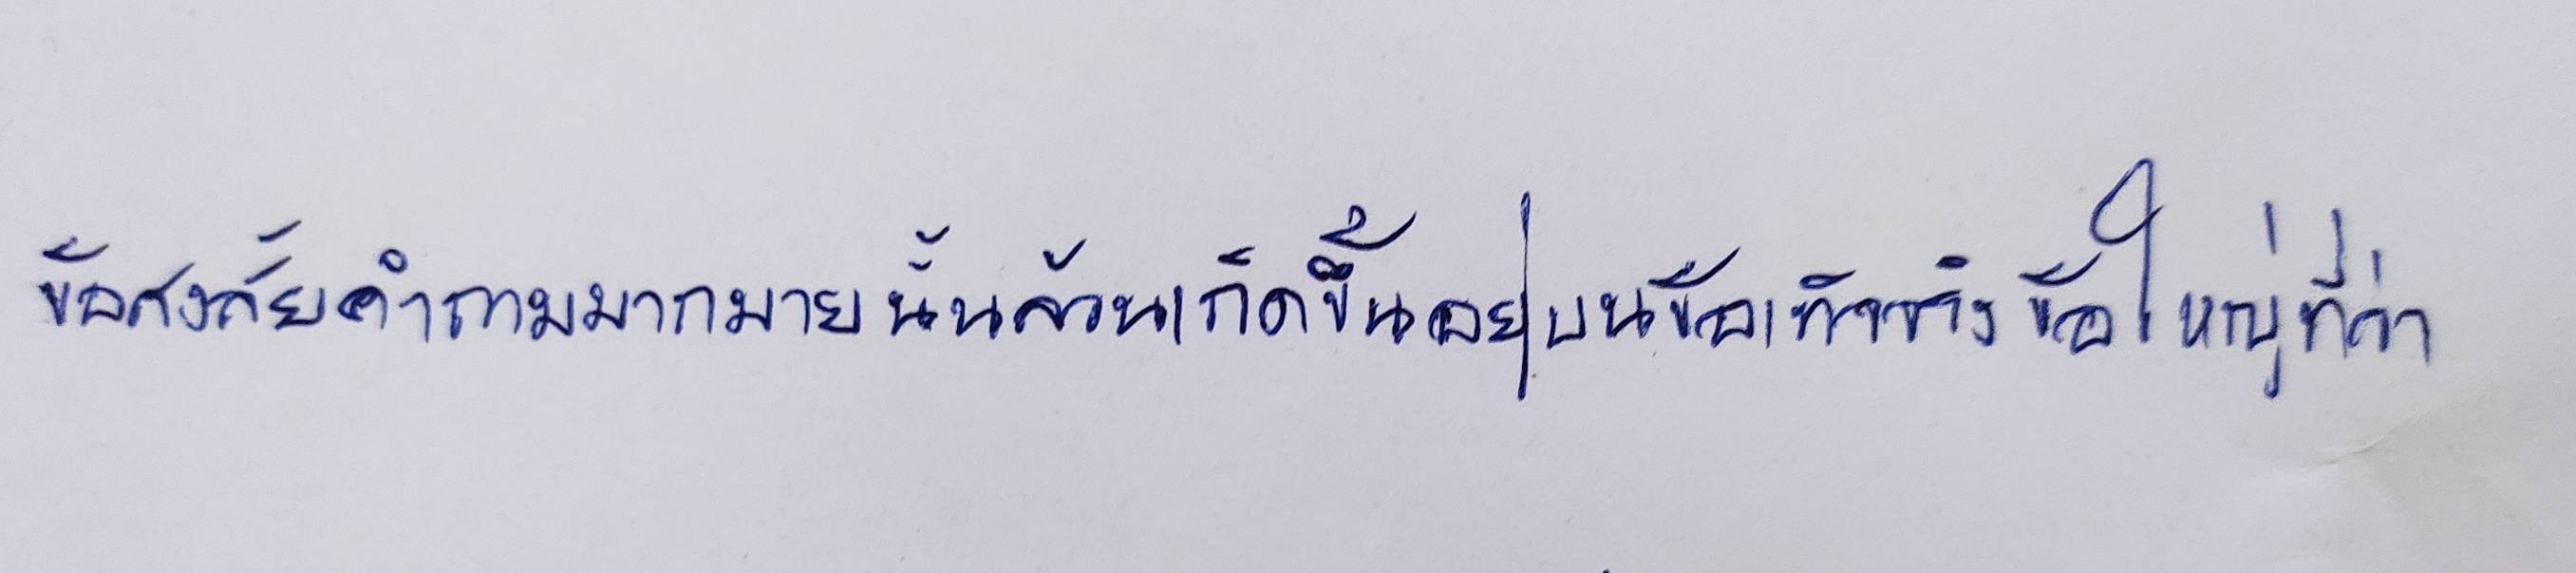
ข้อสงสัยคำถามมากมายนั้นล้วนเกิดขึ้นอยู่บนข้อเท็จจริงข้อใหญ่ที่ว่า